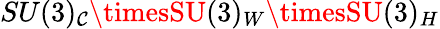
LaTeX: SU(3)_{\mathcal{C}}\timesSU(3)_{W}\timesSU(3)_{H}